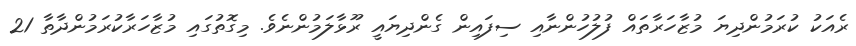
ރެއަކު ކުރަމުންދިޔަ މުޒާހަރާތައް ފުލުހުންނާއި ސިފައިން ގެންދިޔައީ ރޫޅާލަމުންނެވެ. މިގޮތުގައި މުޒާހަރާކުރަމުންދާތާ 21